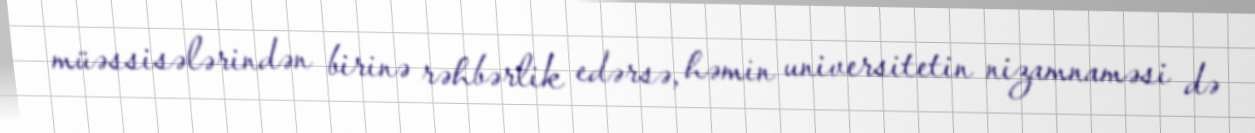
müəssisələrindən birinə rəhbərlik edərsə, həmin universitetin nizamnaməsi də